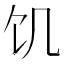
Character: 饥